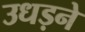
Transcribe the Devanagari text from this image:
उधड़ने